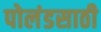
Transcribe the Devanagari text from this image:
पोलंडसाठी